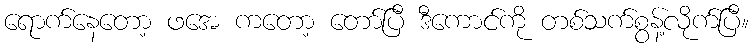
ရောက်နေတော့ ဖအေ ကတော့ တော်ပြီ ဒီကောင်ကို တစ်သက်စွန့်လိုက်ပြီ။